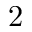
2